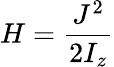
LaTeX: H=\frac{J^{2}}{2I_{z}}